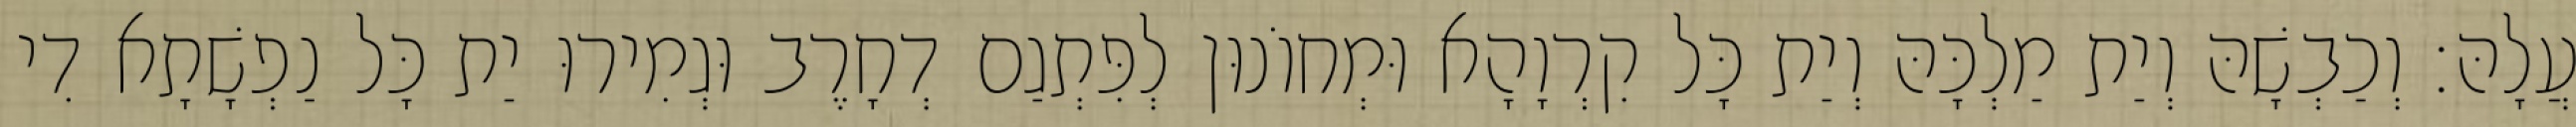
עֲלָהּ׃ וְכַבְשָׁהּ וְיַת מַלְכָּהּ וְיַת כָּל קִרְוָהָא וּמְחוֹנוּן לְפִּתְגַם דְחָרֶב וּגְמִירוּ יַת כָּל נַפְשָׁתָא דִי